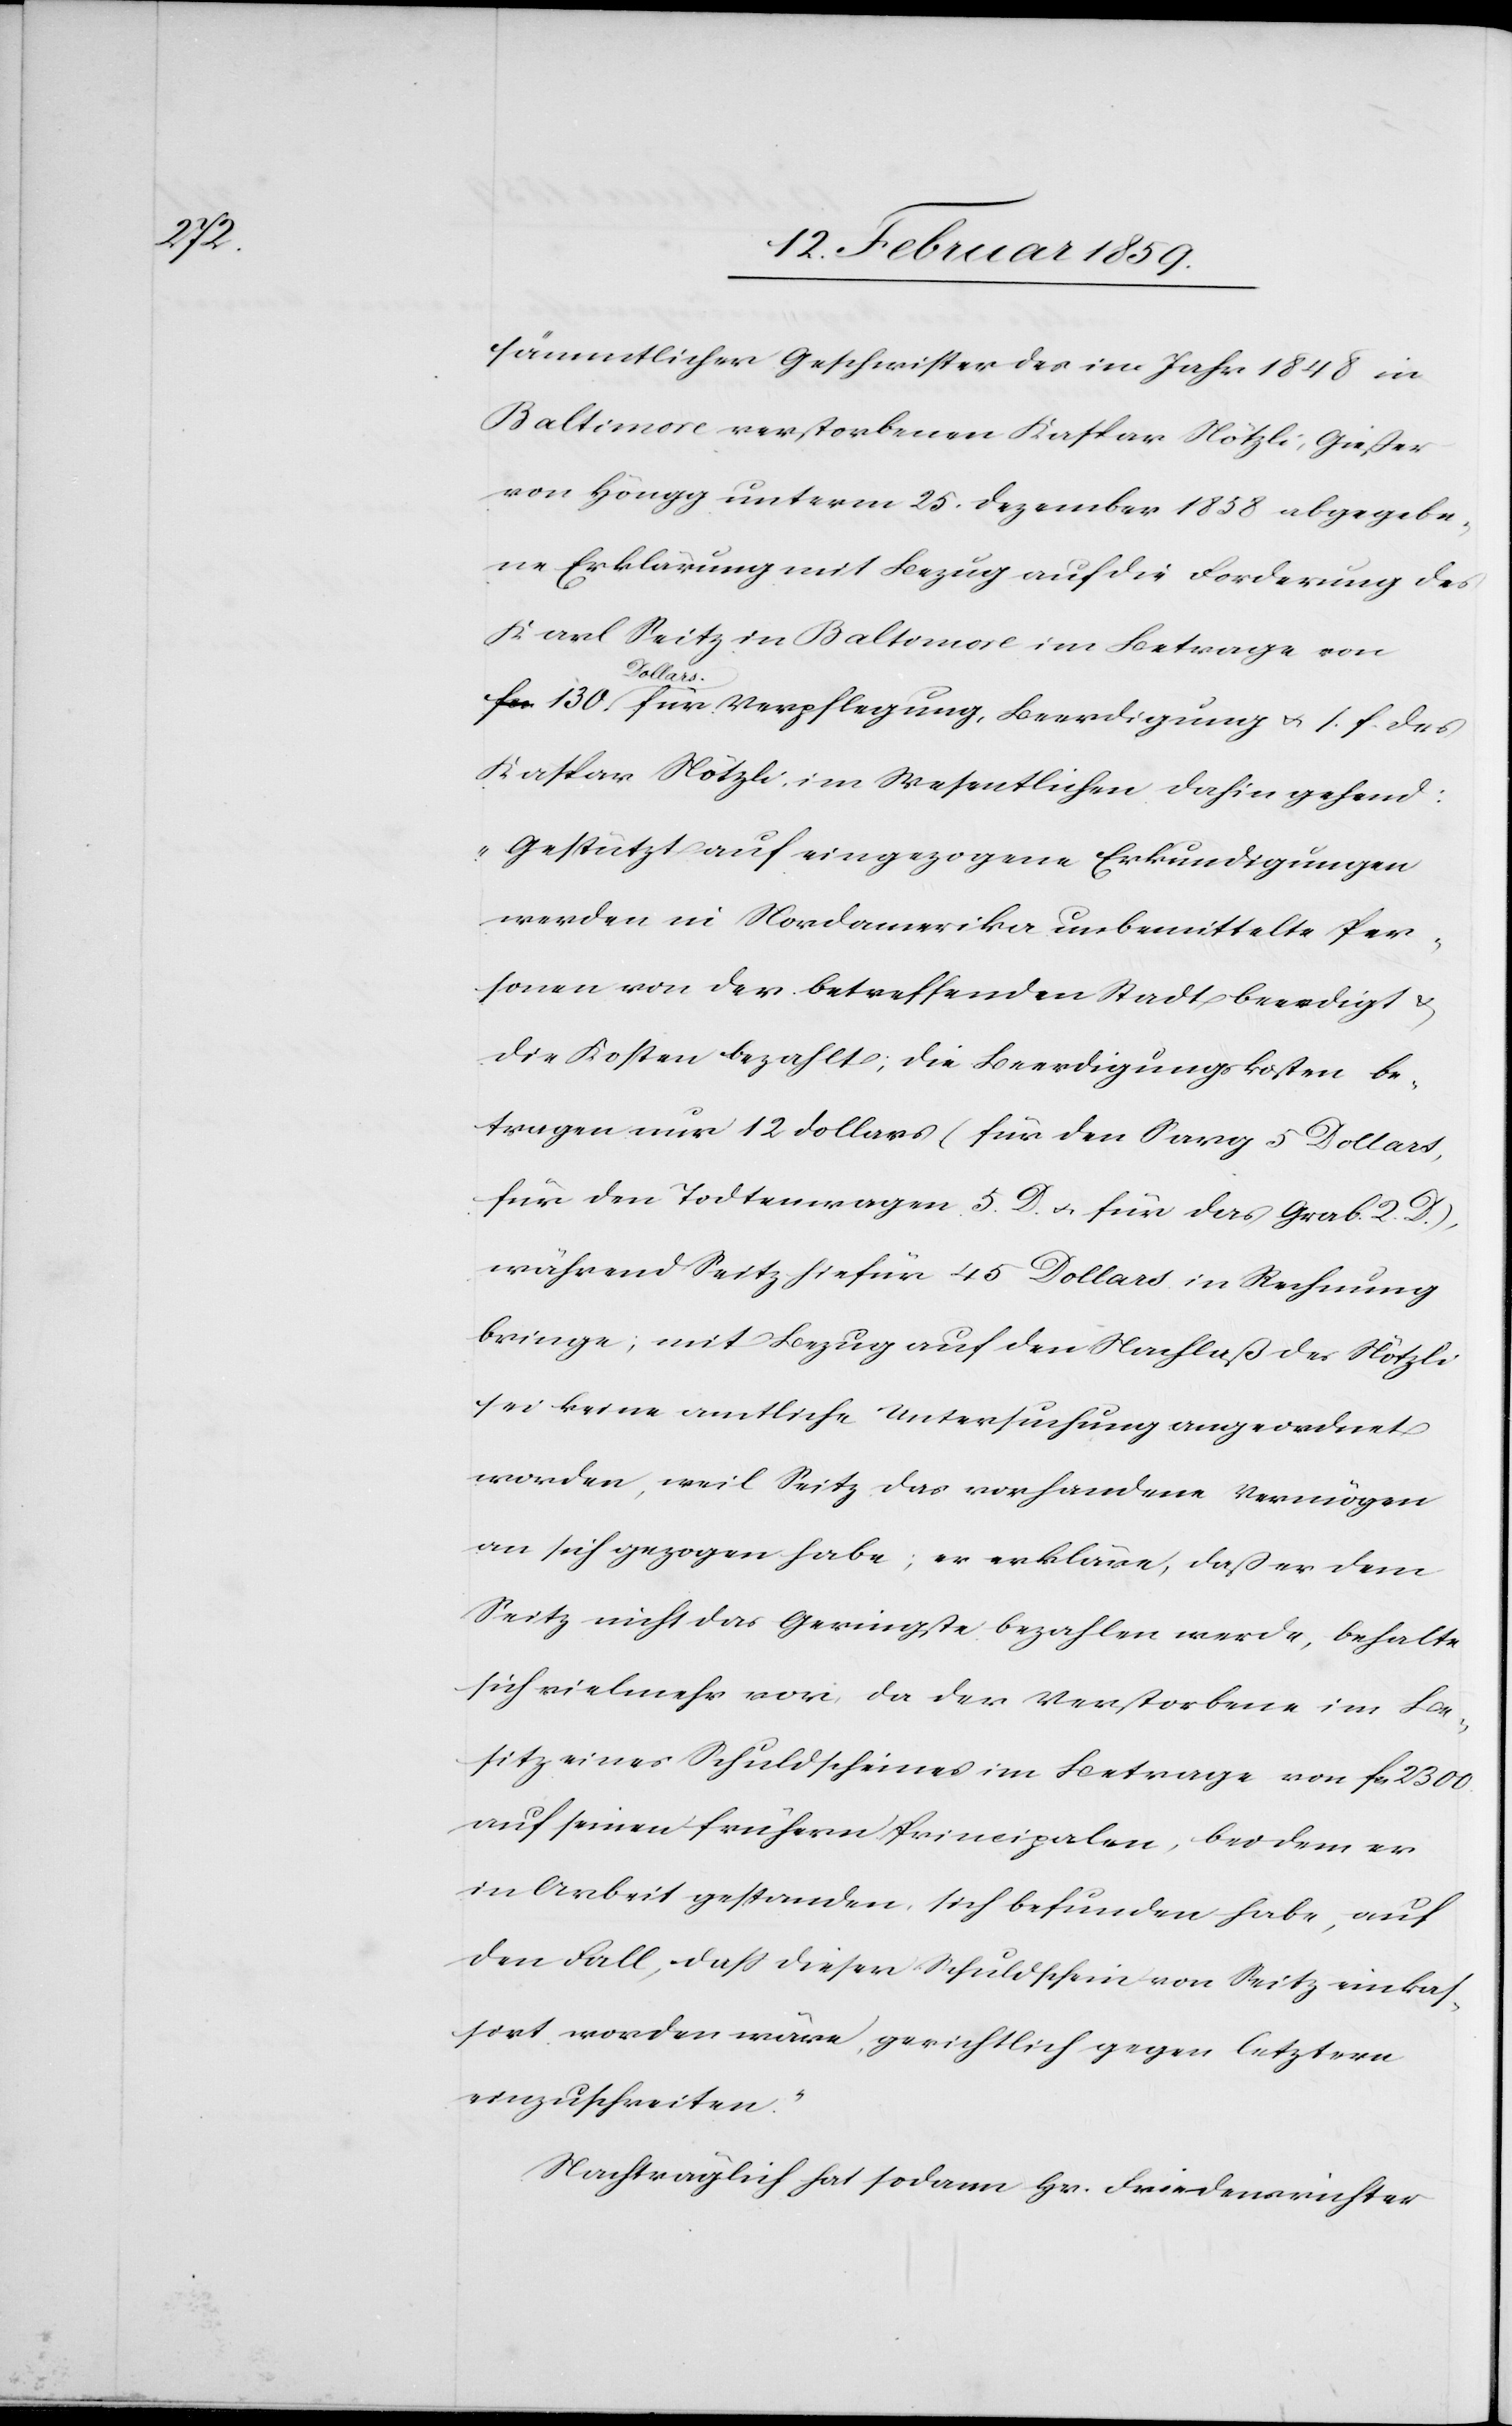
sämmtlicher Geschwister des im Jahr 1848 in
Baltimore verstorbenen Kaspar Nötzli, Gießer
von Höngg unterm 25. Dezember 1858 abgegebe¬
ne Erklärung mit Bezug auf die Forderung des
Karl Seitz in Baltimore im Betrage von
Dollar¬
s für Verpflegung, Beerdigung u. s. f. des
Kaspar Nötzli, im Wesentlichen dahin gehend:
„Gestützt auf eingezogene Erkundigungen
werden in Nordamerika unbemittelte Per¬
sonen von der betreffenden Stadt beerdigt &
die Kosten bezahlt; die Beerdigungskosten be¬
tragen nur 12 Dollars (für den Sarg 5 Dollars,
für den Todtenwagen 5. D. u. für das Grab 2. D.),
während Seitz hiefür 45 Dollars in Rechnung
bringe; mit Bezug auf den Nachlaß des Nötzli
sei keine amtliche Untersuchung angeordnet
worden, weil Seitz das vorhandene Vermögen
an sich gezogen habe; er erkläre, daß er dem
Seitz nicht das Geringste bezahlen werde, behalte
sich vielmehr vor, da der Verstorbene im Be¬
sitz eines Schuldscheines im Betrage von fcs. 2300
auf seinen frühern Principalen, bei dem er
in Arbeit gestanden, sich befunden habe, auf
den Fall, daß dieser Schuldschein von Seitz einkas¬
sirt worden wäre, gerichtlich gegen letztern
einzuschreiten.“
Nachträglich hat sodann Hr. Friedensrichter